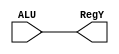
module RegY(
    input [3:0] ALU,
    output [3:0] RegY
    );
    
    reg [3:0] W;
    
    assign RegY = W;
 
 always @(ALU)
    begin
    
    W = ALU;
    
    end
    
    
    
endmodule